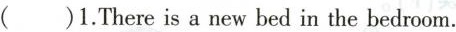
( )1.There is a new bed in the bedroom.